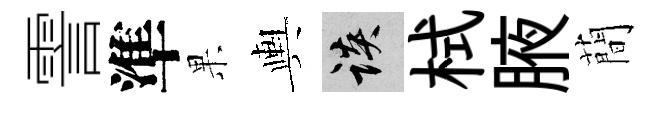
霅準果輿談栻腋蕳